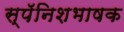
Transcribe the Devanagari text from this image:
स्पॅनिशभाषक